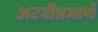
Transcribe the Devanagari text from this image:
अटवीप्रमाणे